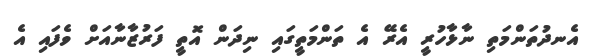
އެނދުތަންމަތި ނާޅާހުރީ އެރޭ އެ ތަންމަތީގައި ނިދަން އޮތީ ފަރުޒާނާއަށް ވެފައި އެ